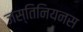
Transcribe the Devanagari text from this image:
जस्तिनियनस